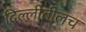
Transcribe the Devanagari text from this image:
दिल्लीतीलच